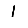
Digit: 1